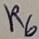
Text: R6